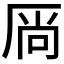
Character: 𫨋